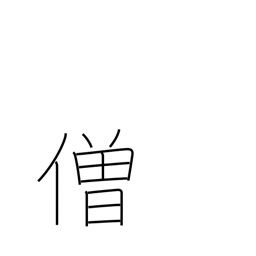
Meaning: monk